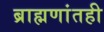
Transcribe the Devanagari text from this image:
ब्राह्मणांतही